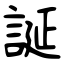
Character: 誕